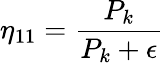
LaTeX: \displaystyle\eta_{11}=\frac{P_{k}}{P_{k}+\epsilon}